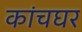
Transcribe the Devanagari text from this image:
कांचघर